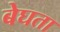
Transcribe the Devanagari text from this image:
बेघता